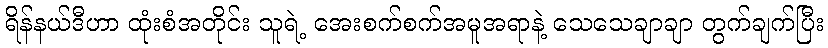
ရိန်နယ်ဒီဟာ ထုံးစံအတိုင်း သူရဲ့ အေးစက်စက်အမူအရာနဲ့ သေသေချာချာ တွက်ချက်ပြီး